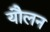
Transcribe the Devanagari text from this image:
यौलन